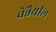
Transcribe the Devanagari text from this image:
चेन्नैयील